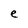
Character: e